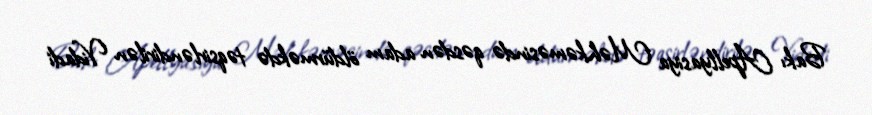
Bakı Apellyasiya Məhkəməsində qəsdən adam öldürməkdə təqsirləndirilən Vidadi